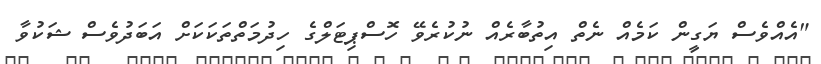
"އެއްވެސް ޔަގީން ކަމެއް ނެތް އިތުބާރެއް ނުކުރެވޭ ހޮސްޕިޓަލްގެ ހިދުމަތްތަކަކަށް އަބަދުވެސް ޝަކުވާ